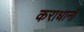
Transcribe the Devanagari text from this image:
कराधानों